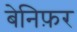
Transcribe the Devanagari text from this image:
बेनिफ़र